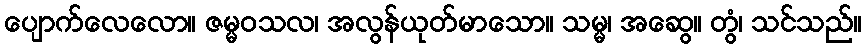
ပျောက်လေလော။ ဇမ္မဝသလ၊ အလွန်ယုတ်မာသော။ သမ္မ၊ အဆွေ။ တွံ၊ သင်သည်။